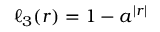
\ell _ { 3 } ( r ) = 1 - a ^ { | r | }